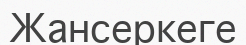
Жансеркеге